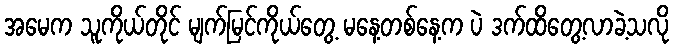
အမေက သူကိုယ်တိုင် မျက်မြင်ကိုယ်တွေ့ မနေ့တစ်နေ့က ပဲ ဒက်ထိတွေ့လာခဲ့သလို